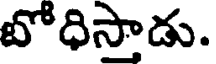
బోధిస్తాడు.